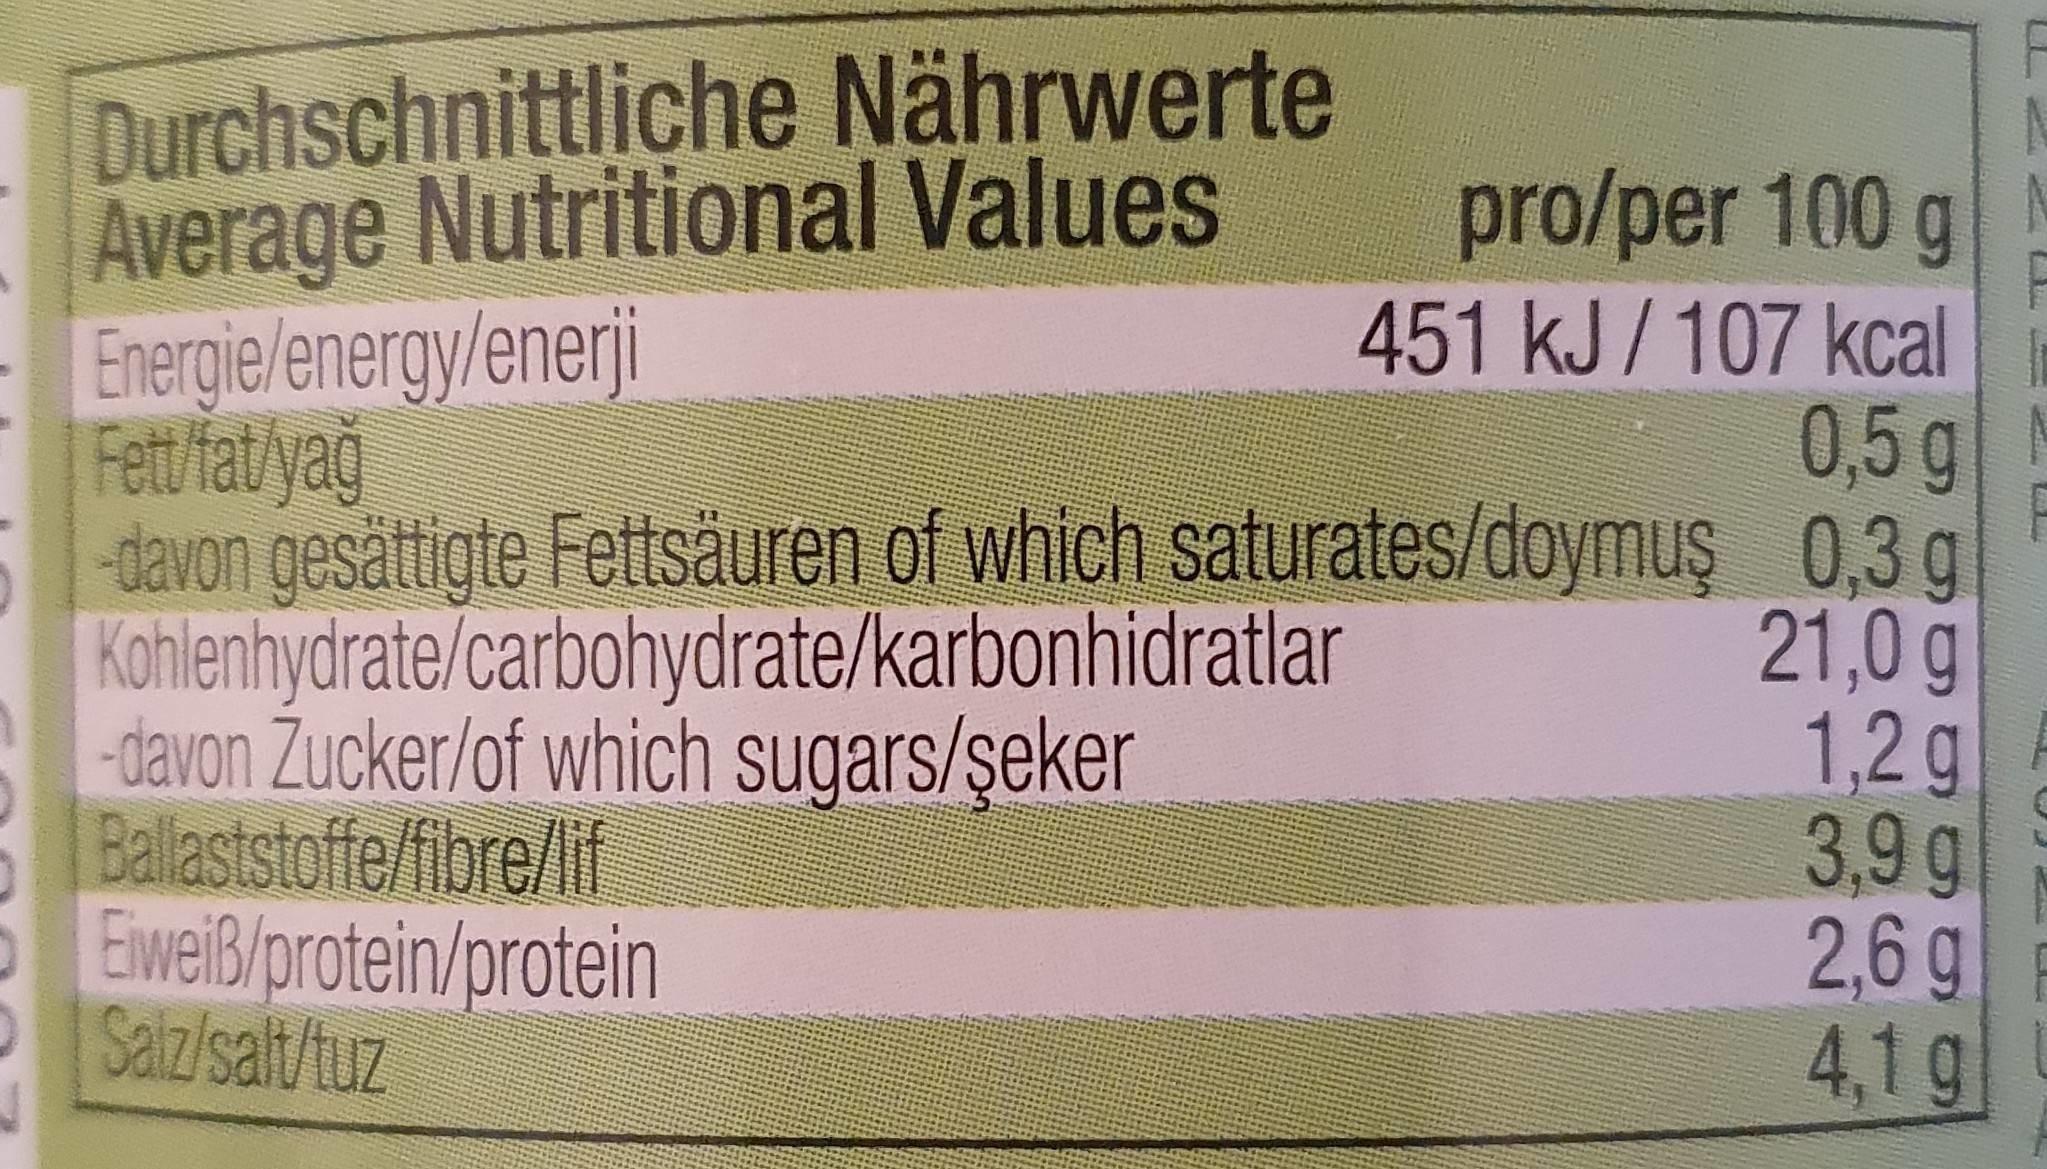
Durchschnittliche Nährwerte Average Nutritional Values Energie/energy/enerji Fett/ fat/yağ davon gesättigte Fettsäuren of which saturates/doymuş 0,3 g Kohlenhydrate/carbohydrate/karbonhidratlar -davon Žucker/of which sugars/şeker Ballaststoffe/fibre/lif 5 Eweiß/protein/protein OSalz/salt/tuz
pro/per 100 g 451KJ/107 kcal 0,5 g
21,0 g 1,2g 3,9g 2,6g 4,1 g